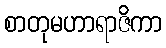
စာတုမဟာရာဇိကာ